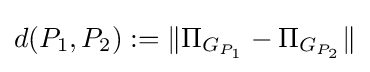
d(P_{1},P_{2}):=\|\Pi _{G_{P_{1}}}-\Pi _{G_{P_{2}}}\|